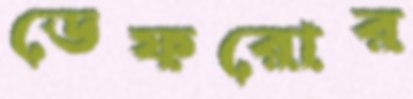
ডেফরোর